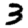
Digit: 3